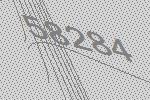
58284